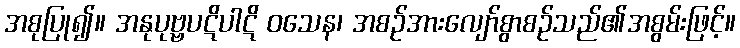
အစုပြု၍။ အနုပုဗ္ဗပဋိပါဋိ ဝသေန၊ အစဉ်အားလျော်စွာစဉ်သည်၏အစွမ်းဖြင့်။